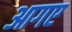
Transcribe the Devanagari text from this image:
आगए